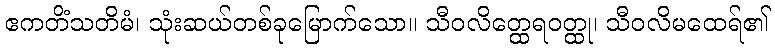
ဧကတိံသတိမံ၊ သုံးဆယ်တစ်ခုမြောက်သော။ သီဝလိတ္ထေရဝတ္ထု၊ သီဝလိမထေရ်၏